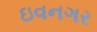
ઇવનગર